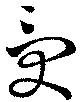
受